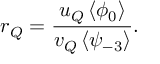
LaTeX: r _ { Q } = \frac { u _ { Q } \left< \phi _ { 0 } \right> } { v _ { Q } \left< \psi _ { - 3 } \right> } .